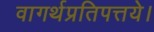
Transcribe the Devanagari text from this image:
वागर्थप्रतिपत्तये।